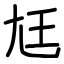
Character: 尪